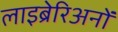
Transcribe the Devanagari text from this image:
लाइब्रेरिअनों